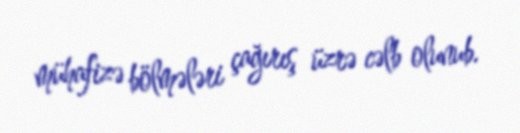
mühafizə bölmələri çağırış üzrə cəlb olunub.